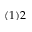
( 1 ) 2